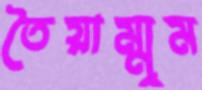
তৈয়াম্মুম